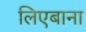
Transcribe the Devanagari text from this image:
लिएबाना